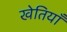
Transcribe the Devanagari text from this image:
खेतियाँ